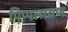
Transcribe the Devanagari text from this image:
पिप्पलायण